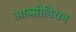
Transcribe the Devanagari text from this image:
आब्सीडियन